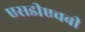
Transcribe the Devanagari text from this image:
एसडीएचबी